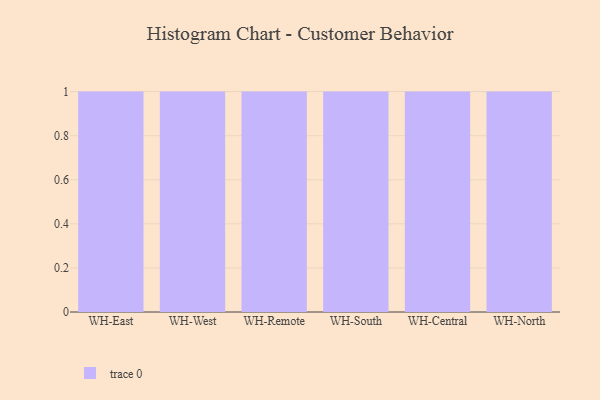
{"axis": {"x": "Warehouse", "y": "Temperature (°C)"}, "legend": [""], "data": [{"x": "WH-East", "y": 86, "type": ""}, {"x": "WH-West", "y": 14, "type": ""}, {"x": "WH-Remote", "y": 21, "type": ""}, {"x": "WH-South", "y": 34, "type": ""}, {"x": "WH-Central", "y": 39, "type": ""}, {"x": "WH-North", "y": 66, "type": ""}]}